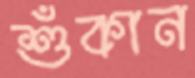
শুঁকান